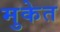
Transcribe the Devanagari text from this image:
मुकेत